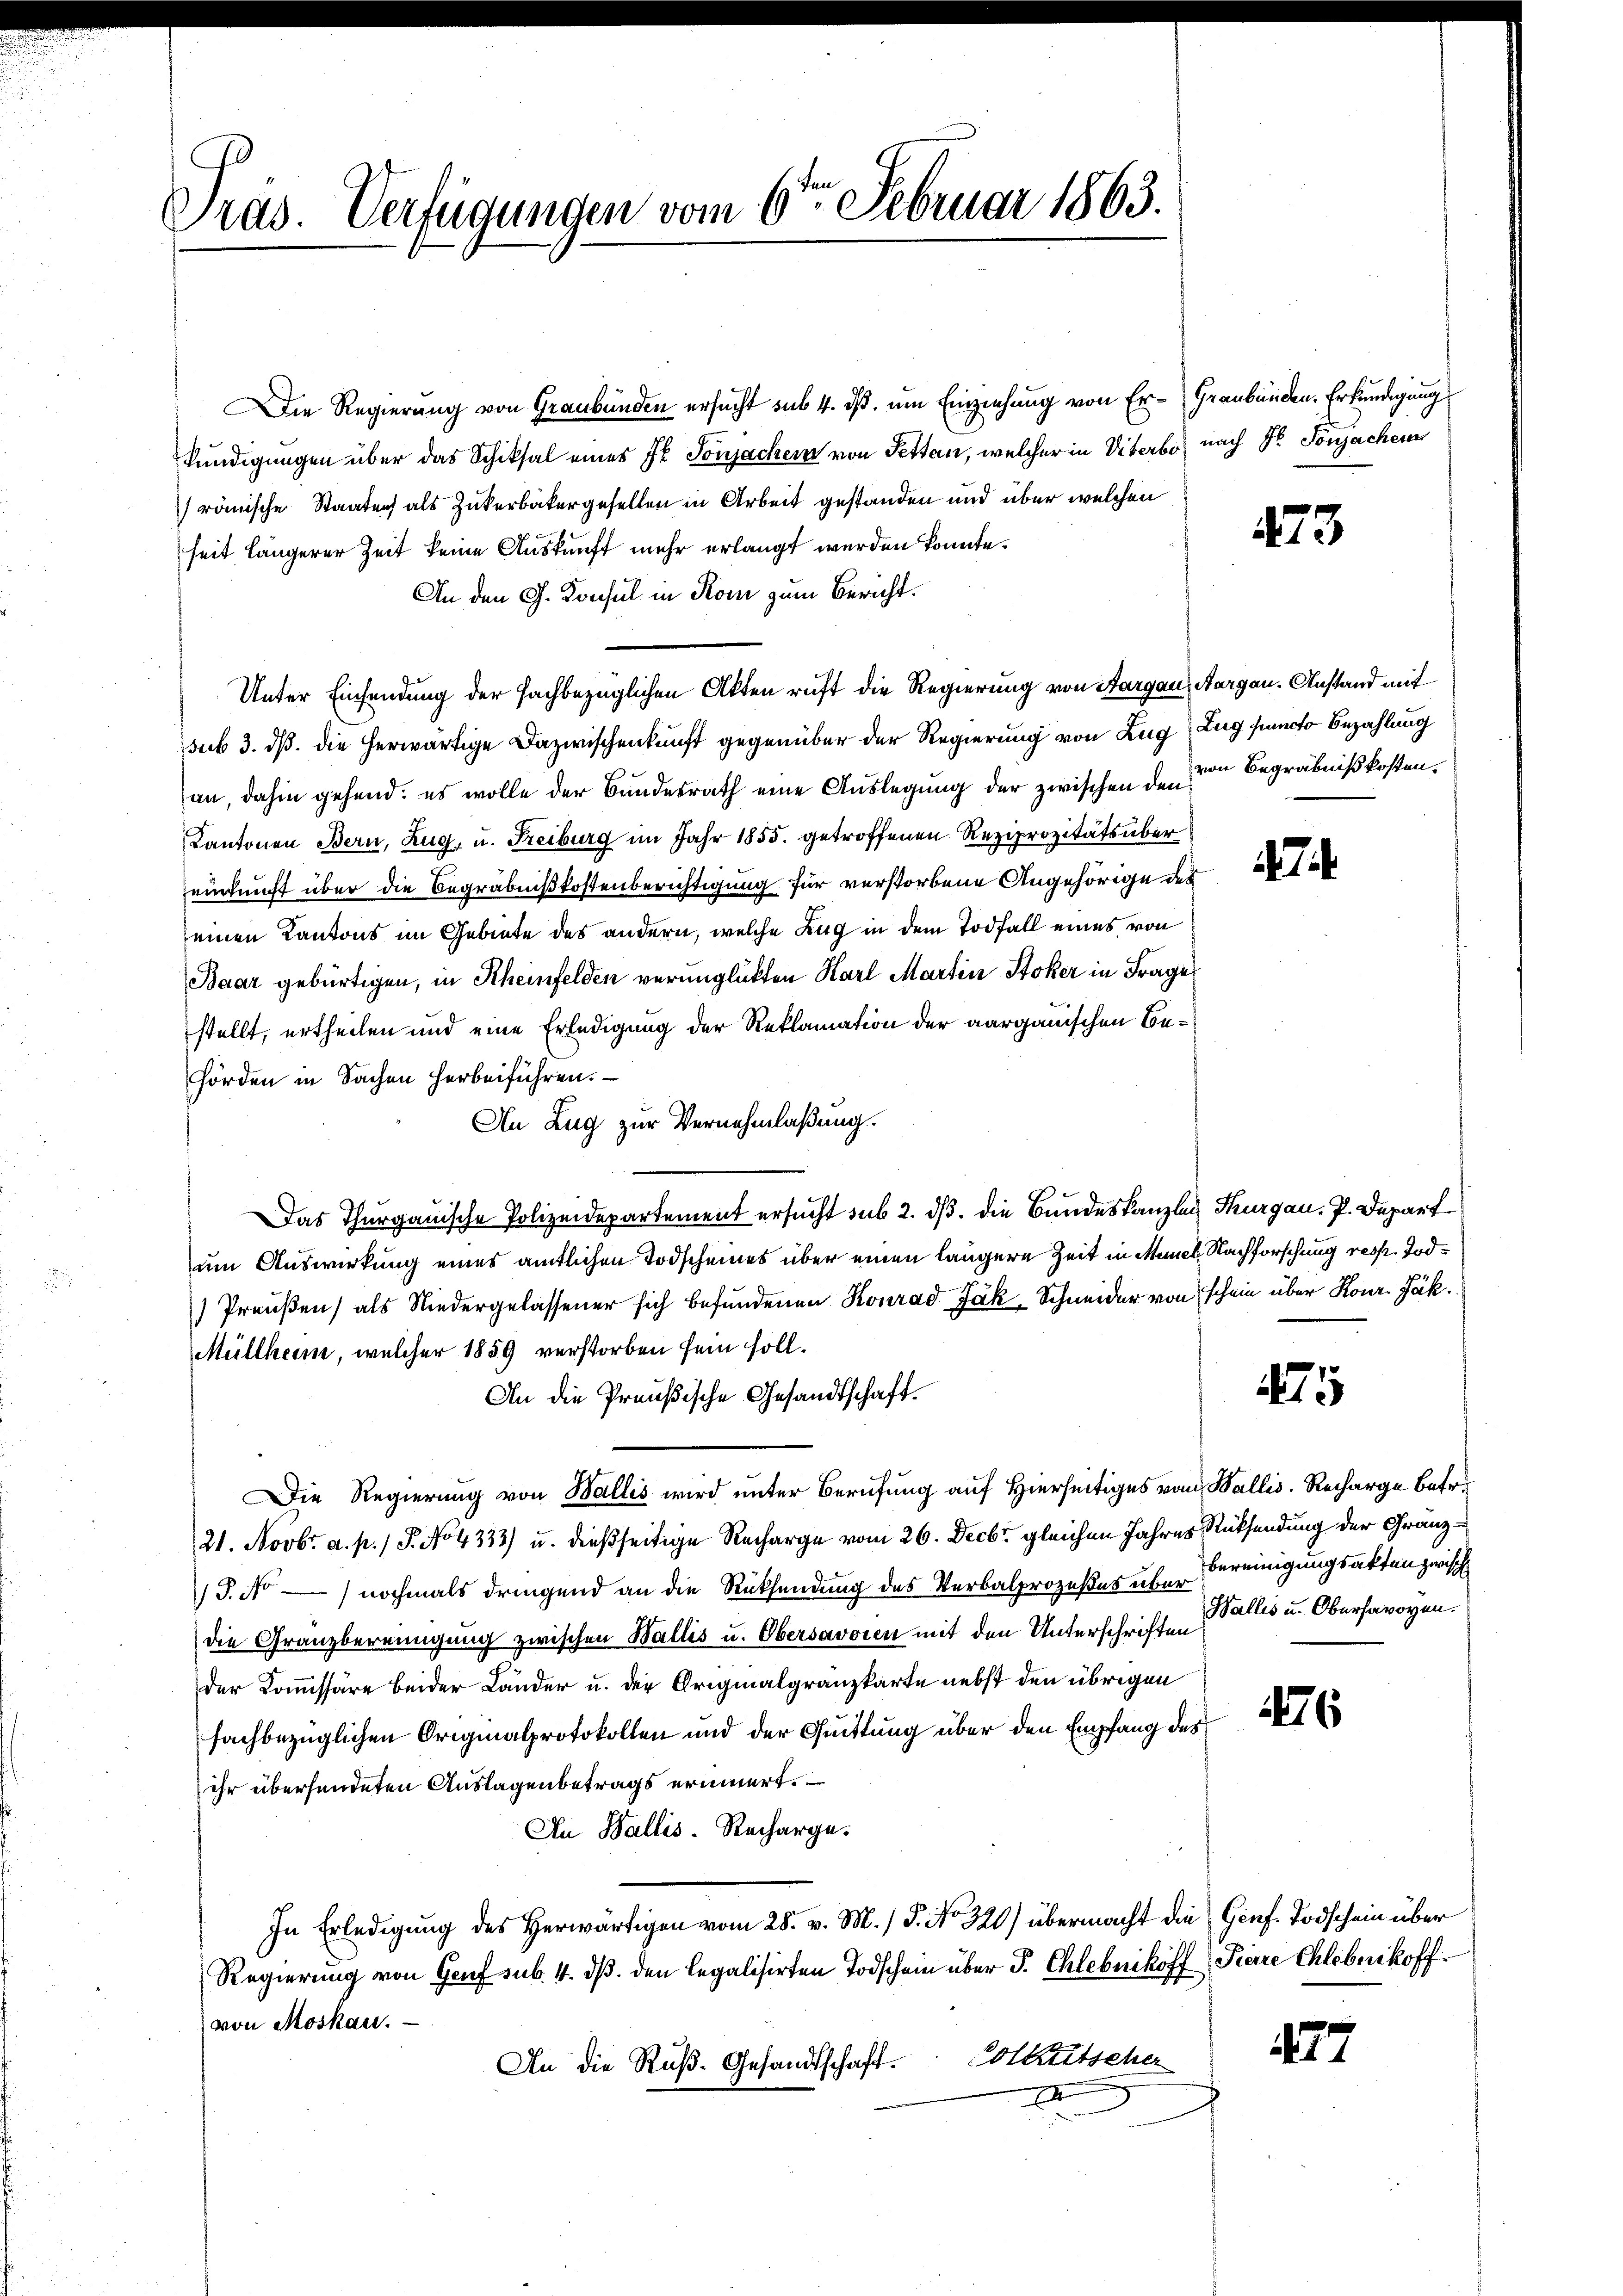
Cras. Verfügungen vom 6ten Februar 1863.

Die Regierung von Graubünden ersucht sub 4. ds. um Einziehung von Er-Graubünden. Erkundigung
kundigungen über das Schiksal eines Jb. Sonjachen von Pettan, welcher in Viterbe nach Dr. Sonjachen
römische Staaten als Zukerbäckergesellen in Arbeit gestanden und über welchen
seit längerer Zeit keine Auskunft mehr erlangt werden konnte.
An den G. Konsul in Rom zum Bericht.
Unter Einsendung der sachbezüglichen Akten ruft die Regierung von Aargau, Aargau. Anstand mit
sub 3. ds. die herwärtige Dazwischenkunft gegenüber der Regierung von Zug, Zug puncto Bezahlung
an, dahin gehend: es wolle der Bundesrath eine Auslegung der zwischen den von Begräbnißkosten¬
Kantonen Bern, Zug, u. Freiburg im Jahr 1855. getroffenen Reziprozitäts über
einkunft über die Begräbnißkostenberichtigung für verstorbene Angehörige der
einen Kantons im Gebiete des andern, welche Zug in dem Todfall eines von
Baar gebürtigen, in Rheinfelden verunglückten Karl Martin Stoker in Frage
stellt, urtheilen und eine Erledigung der Reklamation der aargauischen Behörden in Sachen herbeiführen.
An Zug zur Vernehmlaßung.
Das Thurgauische Polizeidepartement ersucht sub 2. ds. die Bundeskanzlei Thurgau, P. Depart
um Auswirkung eines amtlichen Todscheines über einen längere Zeit in Münch Nachforschung resp. Tod¬
Preußen) als Niedergelassener sich befundenen Konrad Ják, Schneider von schein über Konr. Jak.
Müllheim, welcher 1859 verstorben sein soll.
An die Preußische Gesandtschaft.
Die Regierung von Wallis wird unter Berufung auf Hierseitiges vom Wallis. Recharge betr.
21. Novbr. a. p.) P. No. 4333) u. dießseitige Recharge vom 26. Decbr. gleichen Jahres Rücksendung der Gränz¬
S.No) nochmals dringend an die Rücksendung des Verbalprozeßes über
die Granzbereinigung zwischen Wallis u. Obersavoren mit den Unterschriften Pallis u. Obersavoyen.
der Kommissäre beider Länder u. der Originalgranzkarte nebst den übrigen
fachbezüglichen Originalprotokollen und der Quittung über den Empfang des
ihr übersendeten Auslagenbetrags erinnert.
Au Wallis-Recharge.
In Erledigung des Herwärtigen vom 28. v. M. / 5. No. 320) übermacht die Genf. Todschein über
Regierung von Genf sub. 4. dβ. den legalisirten Todschein über P. Chlebniköff Pierre Chleberkoff
von Moskau.
Volketscher
An die Ruß-Gesandtschaft.
D

13

4

bereinigungsakten zwisch

177